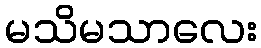
မသိမသာလေး